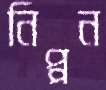
নিপ্পন